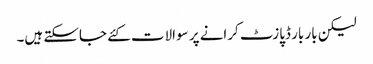
لیکن بار بار ڈپازٹ کرانے پر سوالات کئے جاسکتے ہیں۔